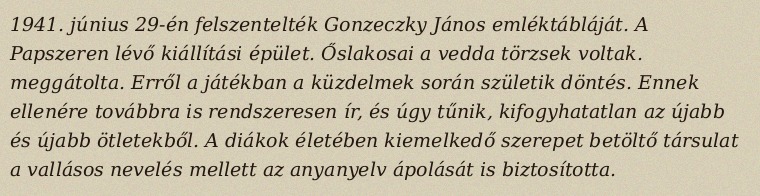
1941. június 29-én felszentelték Gonzeczky János emléktábláját. A Papszeren lévő kiállítási épület. Őslakosai a vedda törzsek voltak. meggátolta. Erről a játékban a küzdelmek során születik döntés. Ennek ellenére továbbra is rendszeresen ír, és úgy tűnik, kifogyhatatlan az újabb és újabb ötletekből. A diákok életében kiemelkedő szerepet betöltő társulat a vallásos nevelés mellett az anyanyelv ápolását is biztosította.